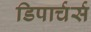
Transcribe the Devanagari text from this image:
डिपार्चर्स